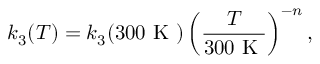
k _ { 3 } ( T ) = k _ { 3 } ( 3 0 0 \mathrm { ~ K ~ } ) \left( \frac { T } { 3 0 0 \mathrm { ~ K ~ } } \right) ^ { - n } ,